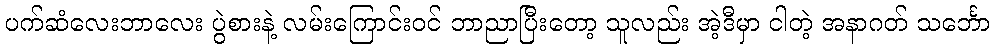
ပက်ဆံလေးဘာလေး ပွဲစားနဲ့ လမ်းကြောင်းဝင် ဘာညာပြီးတော့ သူလည်း အဲ့ဒီမှာ ငါတဲ့ အနာဂတ် သင်္ဘော